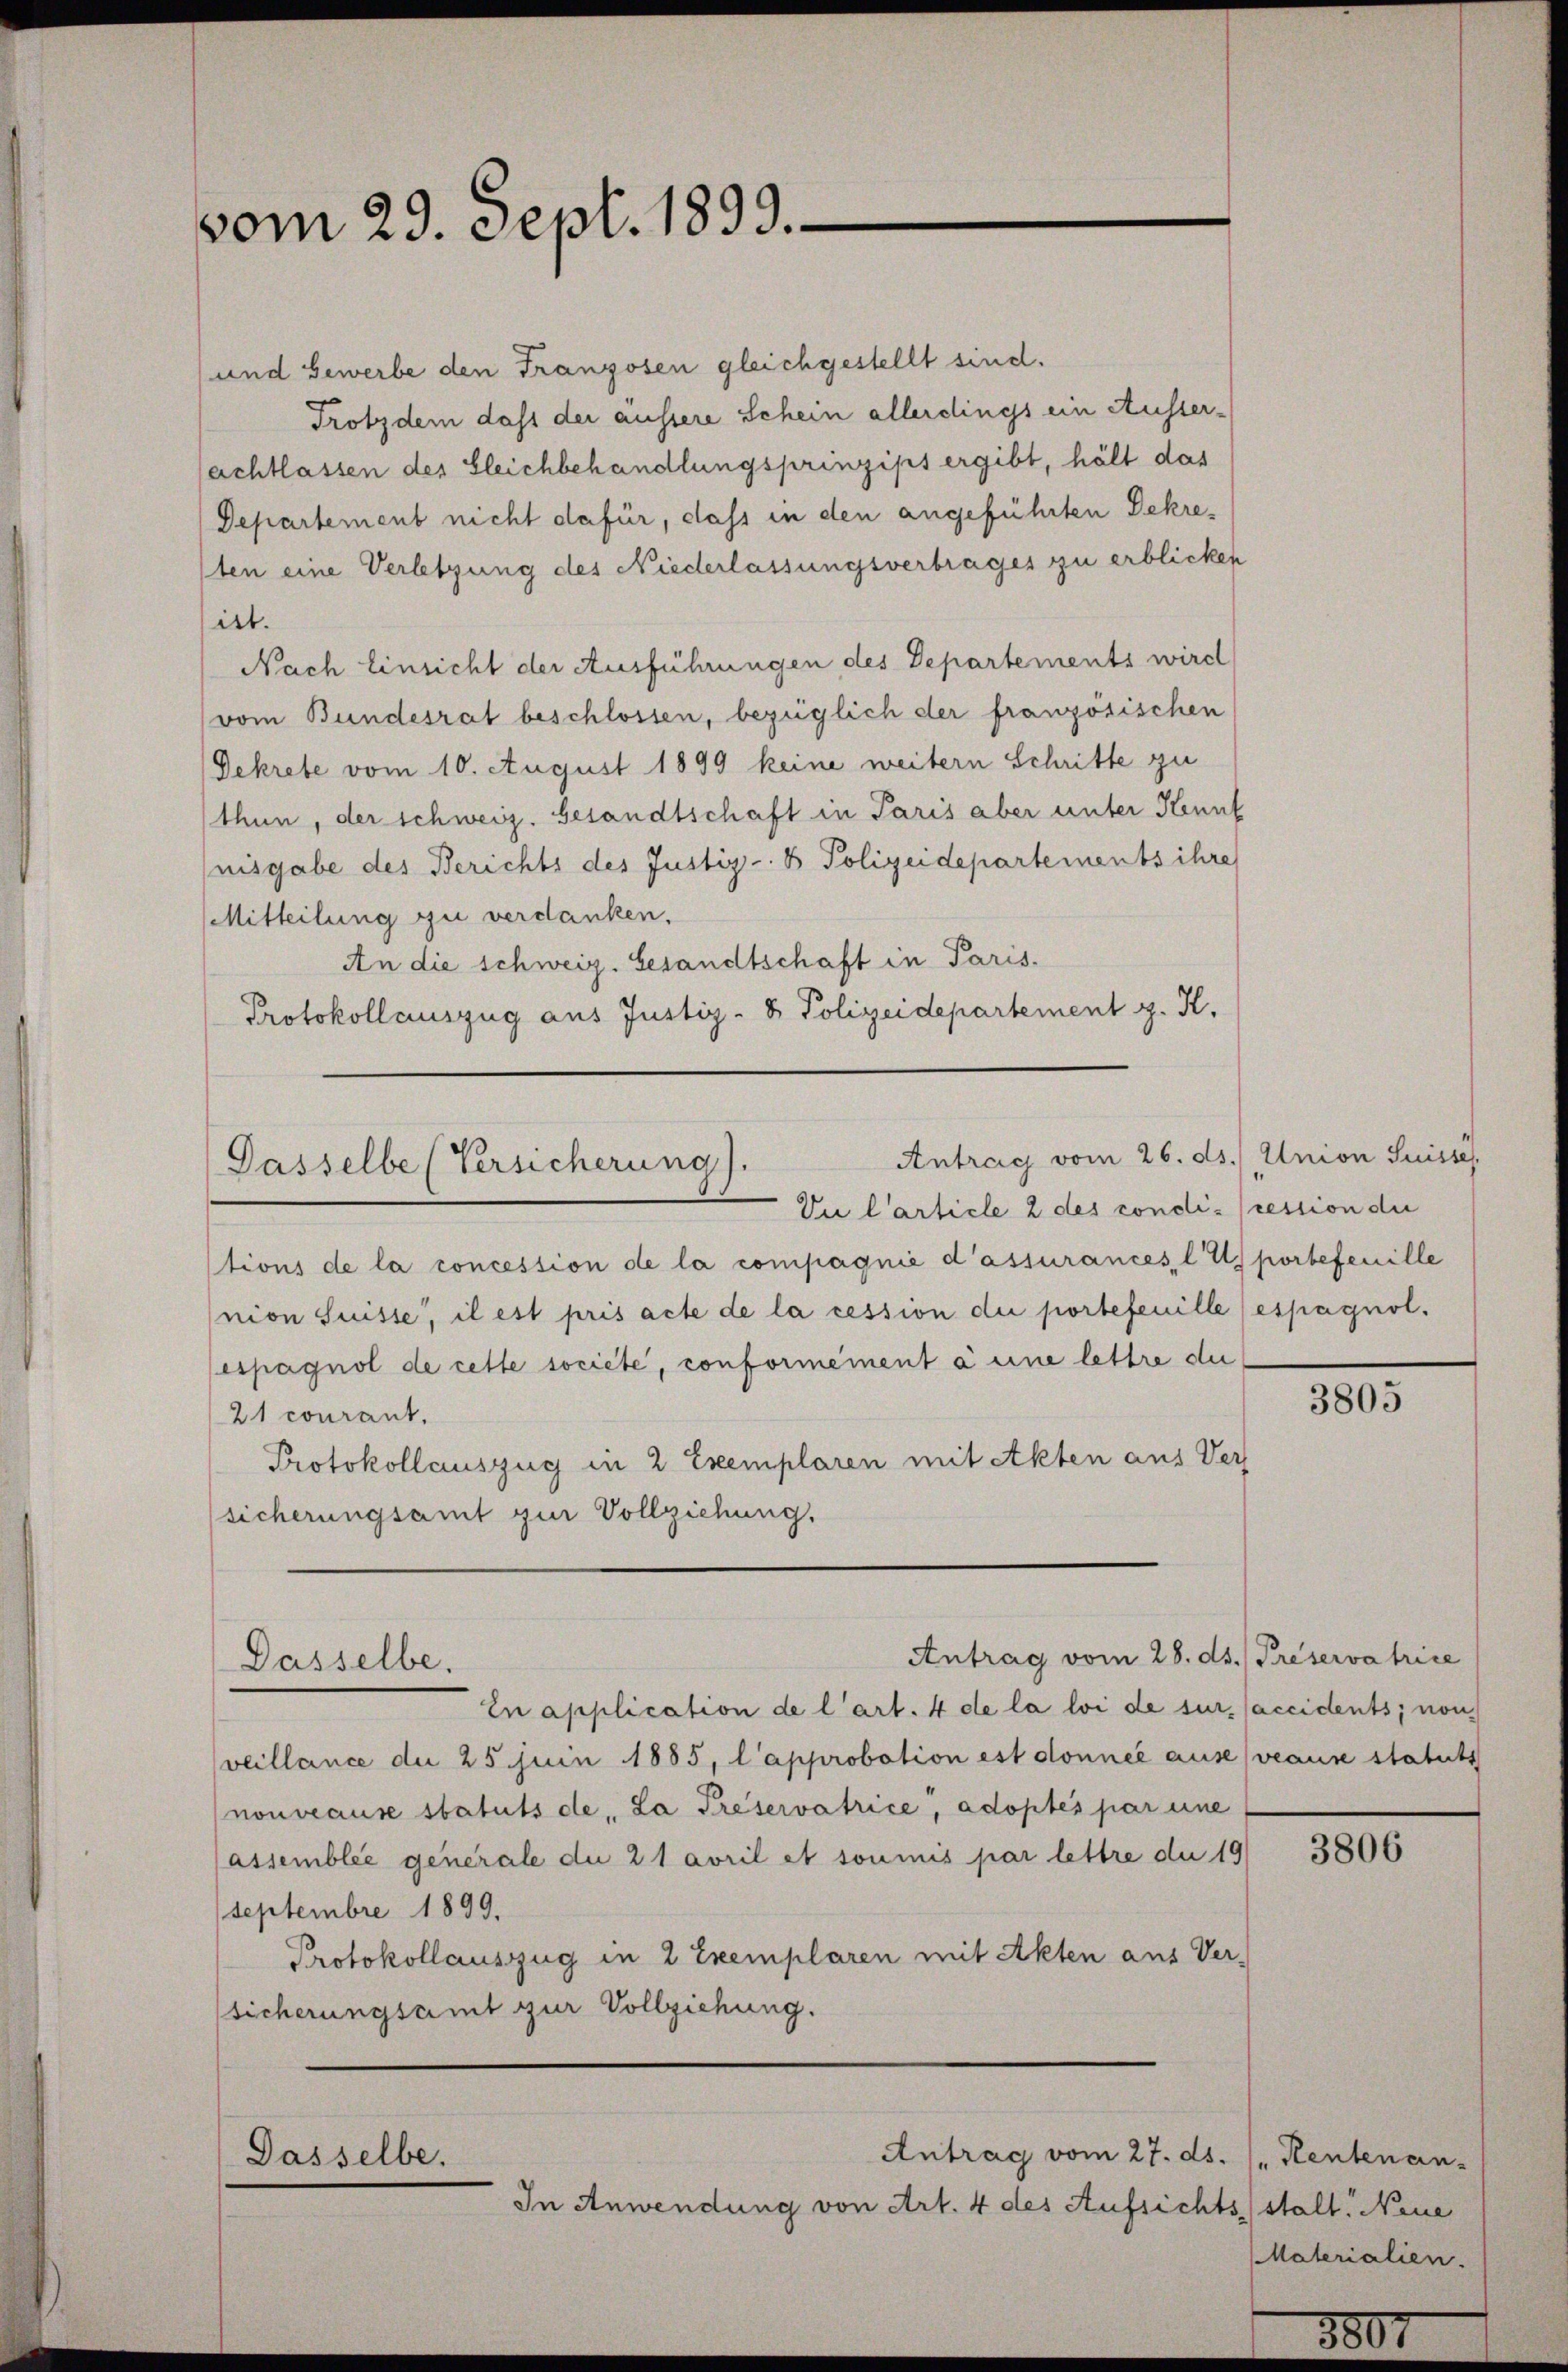
vom 29. Sept. 1899.

und Gewerbe den Franzosen gleichgestellt sind.
Trotzdem dass der äussere Schein allerdings ein Ausser-
achtlassen des Gleichbehandlungsprinzips ergibt, hält das
Departement nicht dafür, dass in den angeführten Dekresten eine Verletzung des Niederlassungsvertrages zu erblicken
itt.
Nach Einsicht der Ausführungen des Departements wird
(vom Bundesrat beschlossen, bezüglich der französischen
Dekrete vom 10. August 1899 keine weitern Schritte zu
thun, der schweiz. Gesandtschaft in Paris aber unter Kennt
nisgabe des Berichts des Justiz- & Polizeidepartements ihre
Mitteilung zu verdanken.
An die schweiz. Gesandtschaft in Paris.
Protokollauszug aus Justiz- & Polizeidepartement z. K.

Antrag vom 26. ds. Union Suisses
Dasselbe (Versicherung).

Du Carticle 2 des condi- (ression der
tions de la concession de la compagnie d’assurances, la portefenille
nion Suisse, il est pris acte de la cession die portefeuille (espagnol.
espagnol de cette societe, conformément à eine lettre de
21 courant.
Protokollauszug in 2 Exemplaren mit Akten aus Ver
sicherungsamt zur Vollziehung.

Antrag vom 28. ds. Preservatrice
Dasselbe.

In application de l’art. 4 de la loi de sur accidents; non-
veillance du 25 juin 1885, l’approbation est donnée ause (veause statuts
nouveause statuts de „La Préservatrice, adoptés par eine
assemblée generale du 21 avril et soumis par lettre du 19
Septembre 1899.
Protokollauszug in 2 Exemplaren mit Akten aus Versicherungsamt zur Vollziehung.

Antrag vom 27. ds. (Rentenan-
Dasselbe.
In Anwendung von Art. 4 des Aufsichtsstalt. Neue

3805

3806

Materialien.